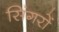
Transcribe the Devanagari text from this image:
सिंगरों